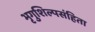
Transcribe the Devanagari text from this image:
भृगुशिल्पसंहिता